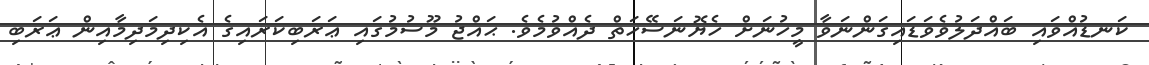
ކަނޑުއްވައި ބައްދަލުވެވަޑައިގަންނަވާ މީހުނަށް ހެޔޮނަސޭހަތް ދެއްވުމެވެ. ޙައްޖު މޫސުމުގައި ޢަރަބިކަރައިގެ އެކިދިމަދިމާއިން ޢަރަބި